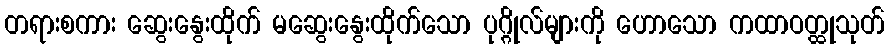
တရားစကား ဆွေးနွေးထိုက် မဆွေးနွေးထိုက်သော ပုဂ္ဂိုလ်များကို ဟောသော ကထာဝတ္ထုသုတ်